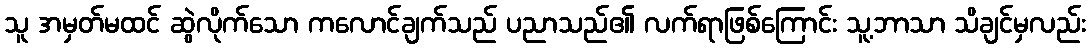
သူ အမှတ်မထင် ဆွဲလိုက်သော ကလောင်ချက်သည် ပညာသည်၏ လက်ရာဖြစ်ကြောင်း သူ့ဘာသာ သိချင်မှလည်း